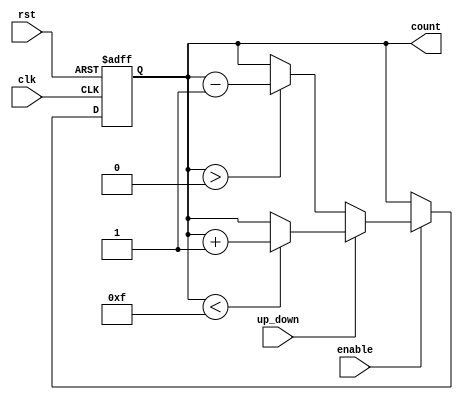
module up_down_counter (
    input wire clk,           // Clock signal
    input wire rst,           // Asynchronous reset signal
    input wire up_down,       // Control signal for counting direction
    input wire enable,        // Enable signal for counting
    output reg [N-1:0] count  // Counter output (N bits)
);

parameter N = 4; // Width of the counter (can be adjusted based on max count)

always @(posedge clk or posedge rst) begin
    if (rst) begin
        count <= 0; // Reset the counter to zero
    end else if (enable) begin
        if (up_down) begin
            if (count < (2**N - 1)) begin // Check for overflow
                count <= count + 1; // Increment the count
            end
        end else begin
            if (count > 0) begin // Check for underflow
                count <= count - 1; // Decrement the count
            end
        end
    end
end

endmodule